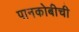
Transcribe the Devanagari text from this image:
पानकोबीची